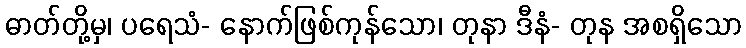
ဓာတ်တို့မှ၊ ပရေသံ- နောက်ဖြစ်ကုန်သော၊ တုနာ ဒီနံ- တုန အစရှိသော